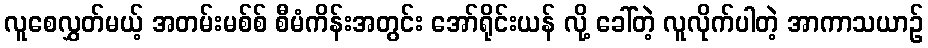
လူစေလွှတ်မယ့် အတမ်းမစ်စ် စီမံကိန်းအတွင်း အော်ရိုင်းယန် လို့ ခေါ်တဲ့ လူလိုက်ပါတဲ့ အာကာသယာဉ်